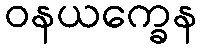
ဝနယက္ခေန